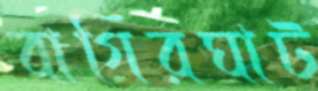
বাগিরঘাট